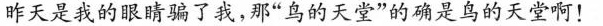
昨天是我的眼睛骗了我，那”鸟的天堂”的确是鸟的天堂啊！